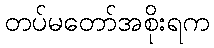
တပ်မတော်အစိုးရက